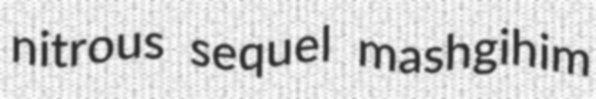
nitrous sequel mashgihim